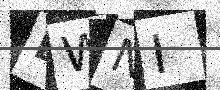
Text: LWNI